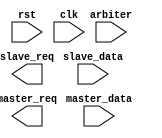
module AHB_controller (
  input rst,
  input clk,
  input [7:0] master_data,
  input [3:0] slave_data,
  input [1:0] arbiter,
  output reg [7:0] slave_req,
  output reg [3:0] master_req
);

// Timing control block
always @(posedge clk or posedge rst)
begin
  if (rst)
  begin
    // Reset timing constraints
    // Insert code here
  end
  else
  begin
    // Manage timing constraints
    // Insert code here
  end
end

// Synchronization block
always @(posedge clk or posedge rst)
begin
  if (rst)
  begin
    // Reset synchronization logic
    // Insert code here
  end
  else
  begin
    // Manage synchronization logic
    // Insert code here
  end
end

// Additional modules for clock generation, data transfer rates, arbitration, and data flow
// Insert code for clock generation, data transfer rates, arbitration, and data flow modules here

endmodule